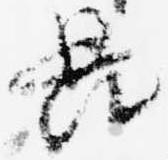
畏